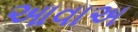
આવાઅ